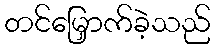
တင်မြှောက်ခဲ့သည်